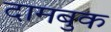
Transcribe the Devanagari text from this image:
दामबुक